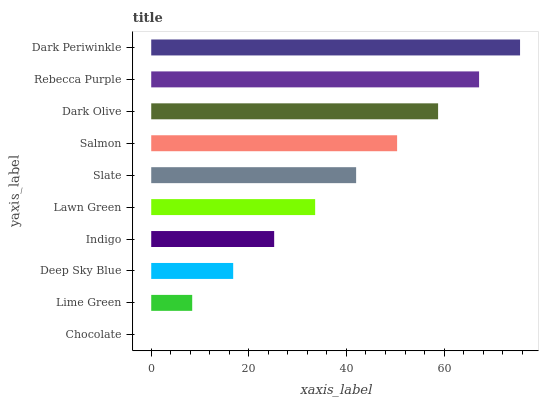
| yaxis_label | bars |
 | --- | --- |
 | Chocolate | 0 |
 | Lime Green | 8.4 |
 | Deep Sky Blue | 16.8 |
 | Indigo | 25.2 |
 | Lawn Green | 33.6 |
 | Slate | 42 |
 | Salmon | 50.4 |
 | Dark Olive | 58.8 |
 | Rebecca Purple | 67.2 |
 | Dark Periwinkle | 75.6 |